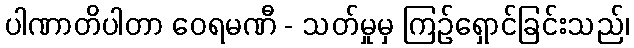
ပါဏာတိပါတာ ဝေရမဏီ - သတ်မှုမှ ကြဉ်ရှောင်ခြင်းသည်၊